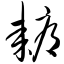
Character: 耨